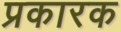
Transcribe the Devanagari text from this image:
प्रकारक